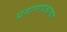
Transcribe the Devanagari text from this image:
प्रमाणपत्राचा